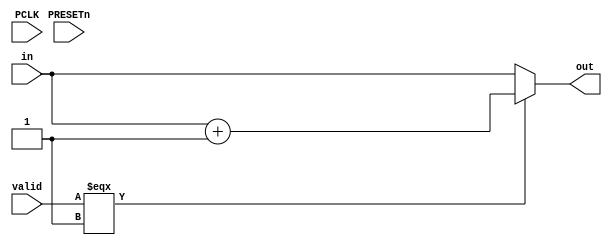
`timescale 1ns / 1ps
//////////////////////////////////////////////////////////////////////////////////
// Company: 
// Engineer: 
// 
// Design Name: 
// Module Name: Incrementer
// Project Name: 
// Target Devices: 
// Tool Versions: 
// Description: 
// 
// Dependencies: 
// 
// Revision:
// Revision 0.01 - File Created
// Additional Comments:
// 
//////////////////////////////////////////////////////////////////////////////////


module Incrementer # (
    parameter integer SIZE = 32
    )
    (
    input PCLK,
    input PRESETn,
    input [SIZE-1:0] in,
    input valid,
    output [SIZE-1:0] out
    );
    
    assign out = (valid === 1'b1) ? (in + 1) : in;
    
endmodule